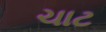
ચાટ